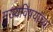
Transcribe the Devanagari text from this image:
मुख्यविषयांच्या